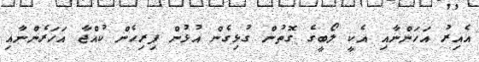
އެއިރު އަހަންނާއި އެކީ ލޯބީގެ ގޮތުން ގުޅިގެން އުޅުން ފިރިހެން ކުއްޖާ އަހަރެންނާއި